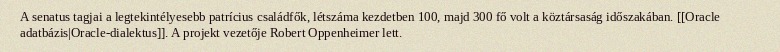
A senatus tagjai a legtekintélyesebb patrícius családfők, létszáma kezdetben 100, majd 300 fő volt a köztársaság időszakában. [[Oracle adatbázis|Oracle-dialektus]]. A projekt vezetője Robert Oppenheimer lett.